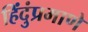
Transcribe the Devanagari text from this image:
हिंदुंप्रमाणे